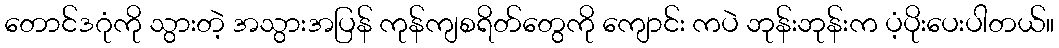
တောင်ဒဂုံကို သွားတဲ့ အသွားအပြန် ကုန်ကျစရိတ်တွေကို ကျောင်း ကပဲ ဘုန်းဘုန်းက ပံ့ပိုးပေးပါတယ်။